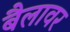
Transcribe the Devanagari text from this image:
बैलावर